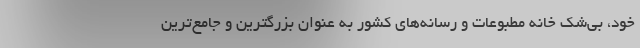
خود، بی‌شک خانه مطبوعات و رسانه‌های کشور به عنوان بزرگترین و جامع‌ترین